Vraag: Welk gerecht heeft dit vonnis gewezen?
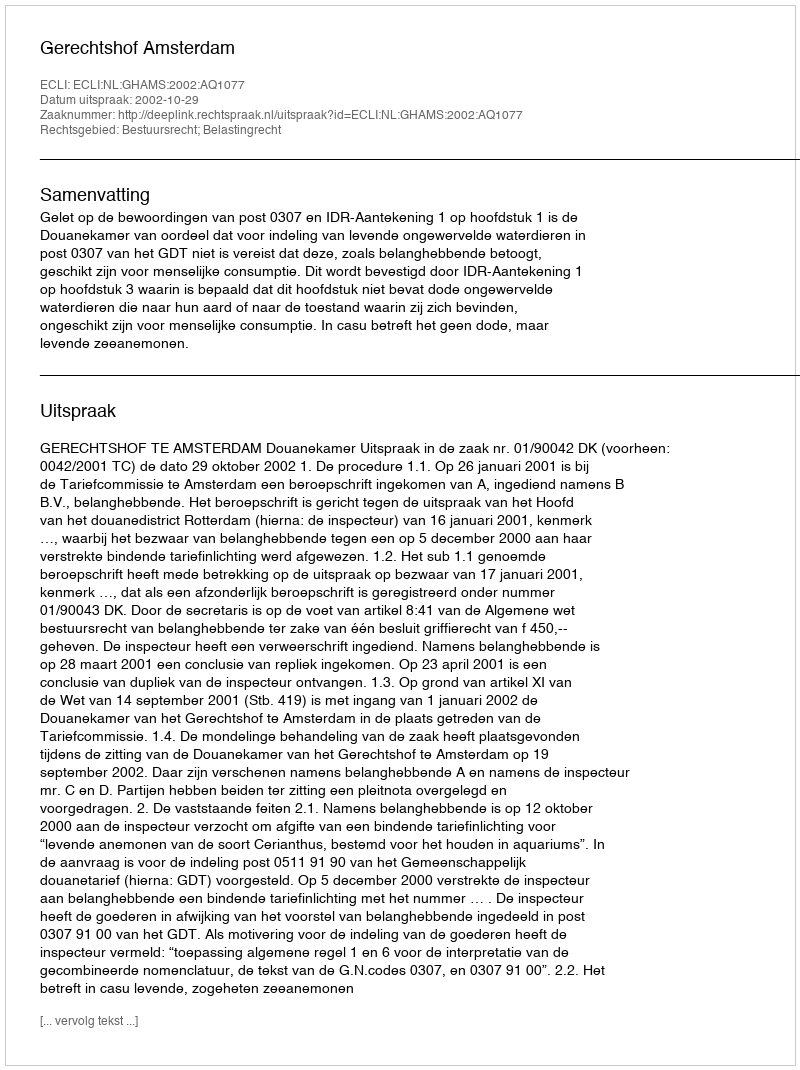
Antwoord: Gerechtshof Amsterdam